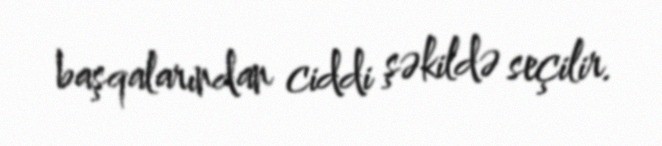
başqalarından ciddi şəkildə seçilir.